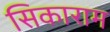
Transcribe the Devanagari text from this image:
सिकाराम